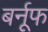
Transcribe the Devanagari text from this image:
बर्नूफ